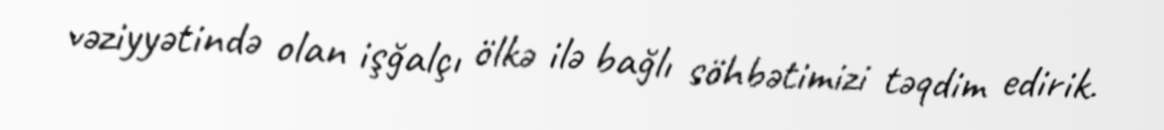
vəziyyətində olan işğalçı ölkə ilə bağlı söhbətimizi təqdim edirik.